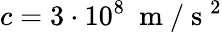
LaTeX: c=3\cdot 10^{8}~\mathrm{~m~}/\mathrm{~s~}^{2}